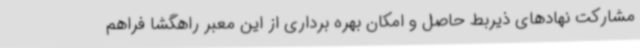
مشارکت نهادهای ذیربط حاصل و امکان بهره برداری از این معبر راهگشا فراهم